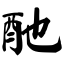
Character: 酏